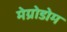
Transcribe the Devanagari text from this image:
मेग्रोडोम